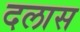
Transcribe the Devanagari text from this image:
दलास